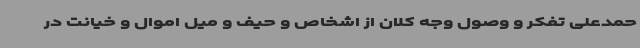
حمدعلی تفکر و وصول وجه کلان از اشخاص و حیف و میل اموال و خیانت در